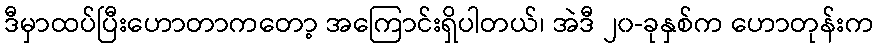
ဒီမှာထပ်ပြီးဟောတာကတော့ အကြောင်းရှိပါတယ်၊ အဲဒီ ၂၀-ခုနှစ်က ဟောတုန်းက